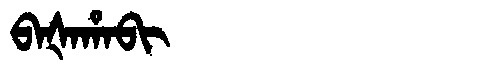
Manchu: ᠪᠠᡧᠠᡥᠠᠪᡳ
Romanization: BAŠAHABI